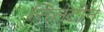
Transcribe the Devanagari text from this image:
सिसटीन